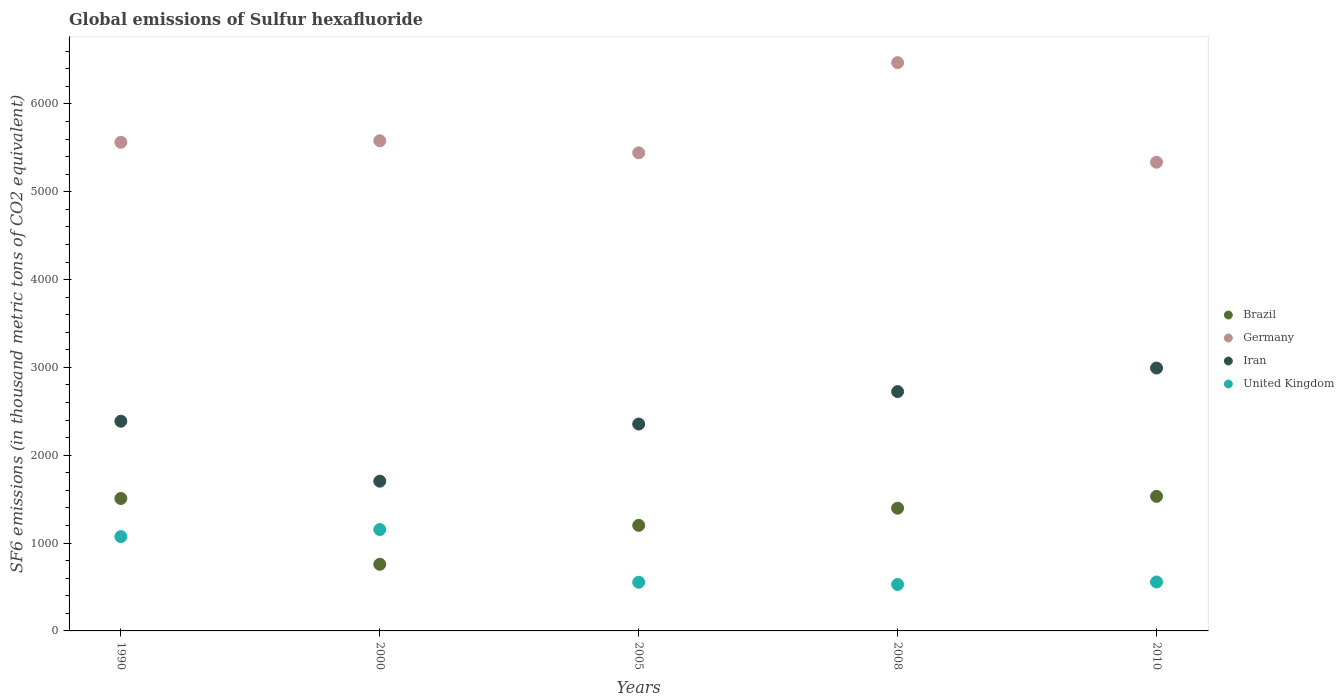
| Years | Brazil | Germany | Iran | United Kingdom |
 | --- | --- | --- | --- | --- |
 | 1990 | 1.51e+03 | 5.56e+03 | 2.39e+03 | 1.07e+03 |
 | 2000 | 759 | 5.58e+03 | 1.7e+03 | 1.15e+03 |
 | 2005 | 1.2e+03 | 5.44e+03 | 2.36e+03 | 554 |
 | 2008 | 1.4e+03 | 6.47e+03 | 2.72e+03 | 529 |
 | 2010 | 1.53e+03 | 5.34e+03 | 2.99e+03 | 557 |